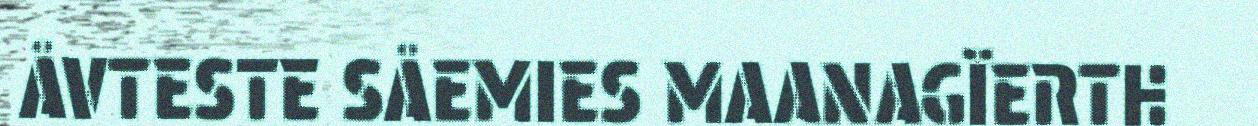
ÅVTESTE SÅEMIES MAANAGÏERTH